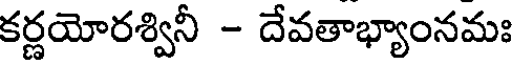
కర్ణయోరశ్వినీ - దేవతాభ్యాంనమః